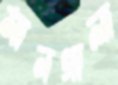
মানগালা